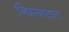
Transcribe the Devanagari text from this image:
निमनवत